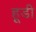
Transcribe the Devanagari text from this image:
हूडी